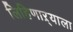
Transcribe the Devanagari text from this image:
लिहिणाऱ्याला